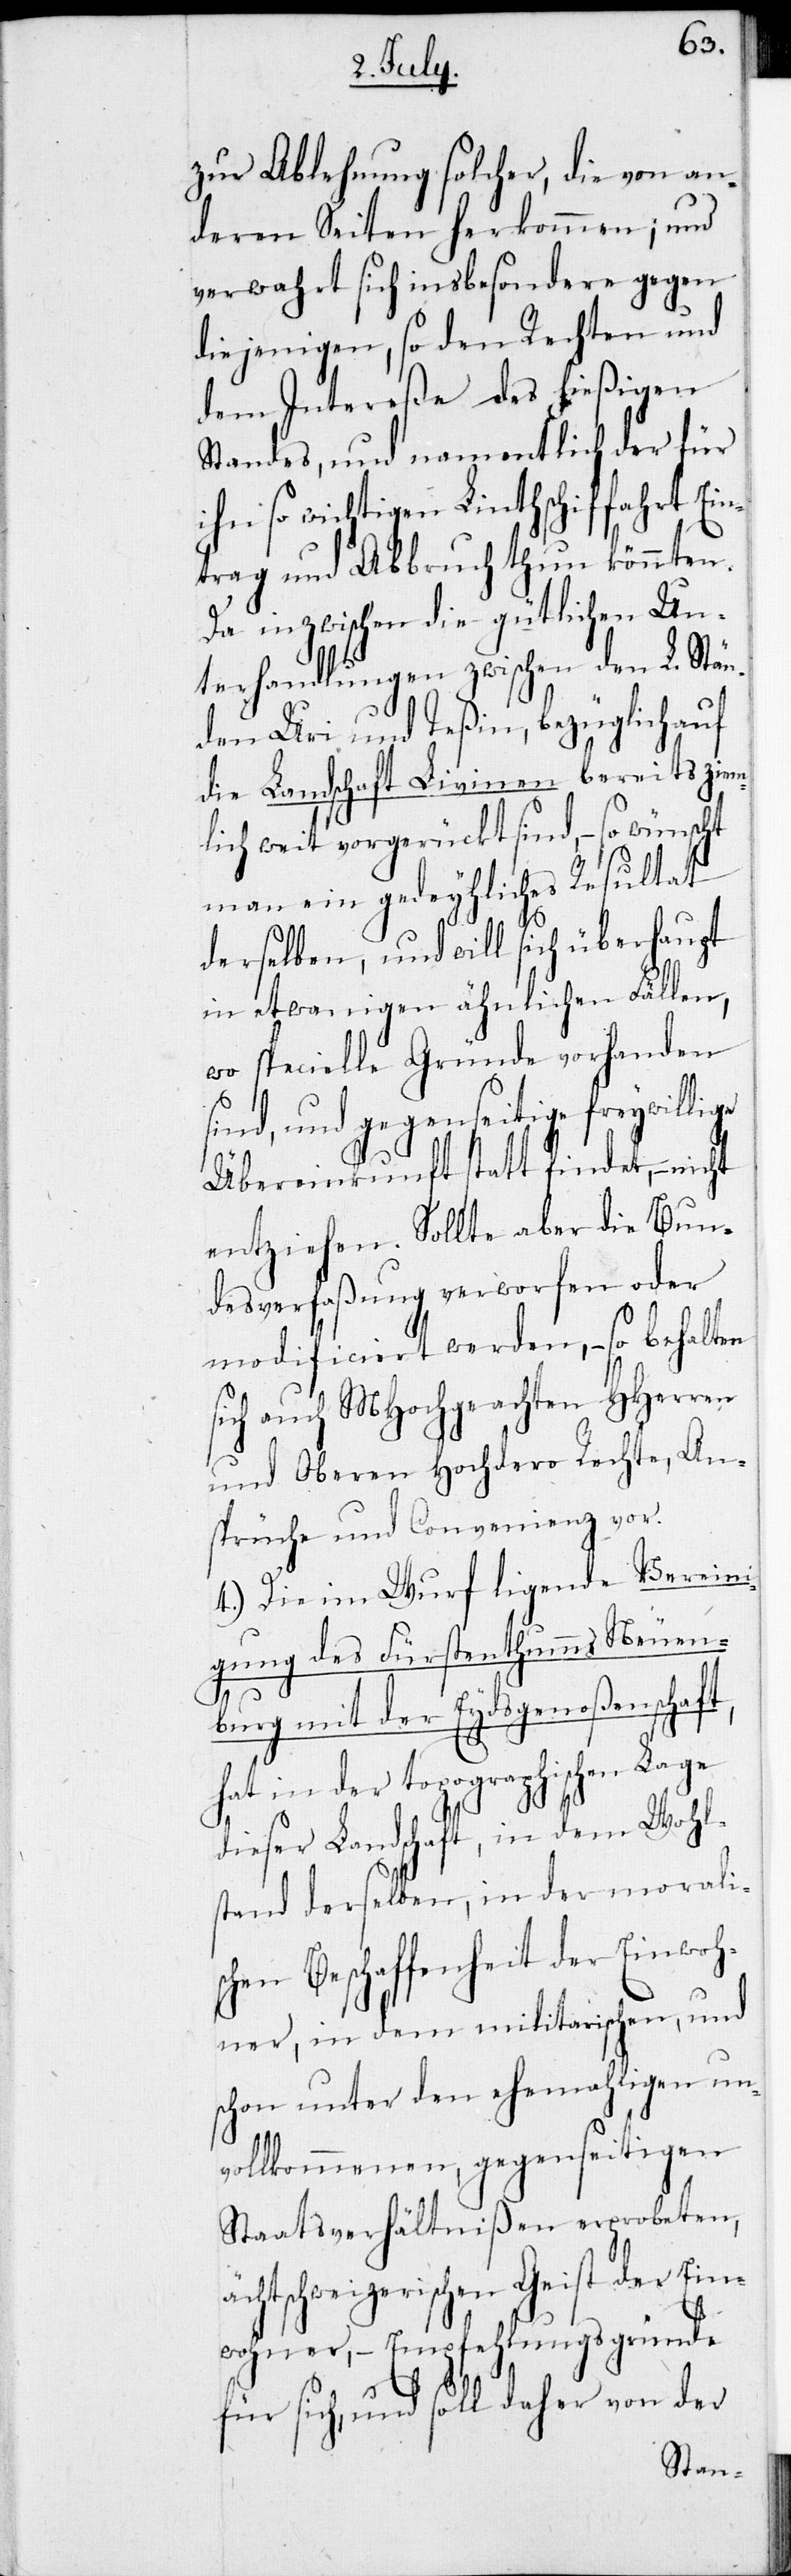
zur Ablehnung solcher, die von an¬
deren Seiten herkommen; und
verwahrt sich insbesondere gegen
diejenigen, so den Rechten und
dem Intereße des hießigen
Standes, und namentlich der für
ihn so wichtigen Linthschiffahrt Ein¬
trag und Abbruch thun könnten.
Da inzwischen die gütlichen Un¬
terhandlungen zwischen den L. Stän¬
den Uri und Teßin, bezüglich auf
die Landschaft Livinen bereits ziem¬
lich weit vorgerückt sind, – so wünscht
man ein gedeyhliches Resultat
t,
derselben, und will sich überhaupt
in etwanigen ähnlichen Fällen,
wo specielle Gründe vorhanden
sind, und gegenseitige freywillige
Übereinkunft statt findet, – nicht
entziehen. Sollte aber die Bun¬
desverfaßung verworfen oder
modificiert werden, – so behalten
sich auch MHochgeachten HHerren
und Oberen Hochdero Rechte, An¬
sprüche und Convenienz vor.
4.) Die im Wurf ligende Vereini¬
gung des Fürstenthumms Neuen¬
burg mit der Eydsgenoßenschaf¬
hat in der topographischen Lage
dieser Landschaft, in dem Wohl¬
stand derselben, in der moralis¬
chen Beschaffenheit der Einwoh¬
ner, in dem militarischen, und
schon unter den ehemahligen un¬
vollkommenen, gegenseitigen
Staatsverhältnißen erprobten,
schweizerischen Geist der Ein¬
wohner, – Empfehlungsgründe
für sich, und soll daher von der